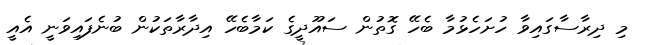
މި ދިރާސާގައިވާ ހުށަހެޅުމާ ބެހޭ ގޮތުން ސައޫދީގެ ކަމާބެހޭ އިދާރާތަކުން ބުނެފައިވަނީ އެއީ